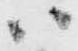
ハ